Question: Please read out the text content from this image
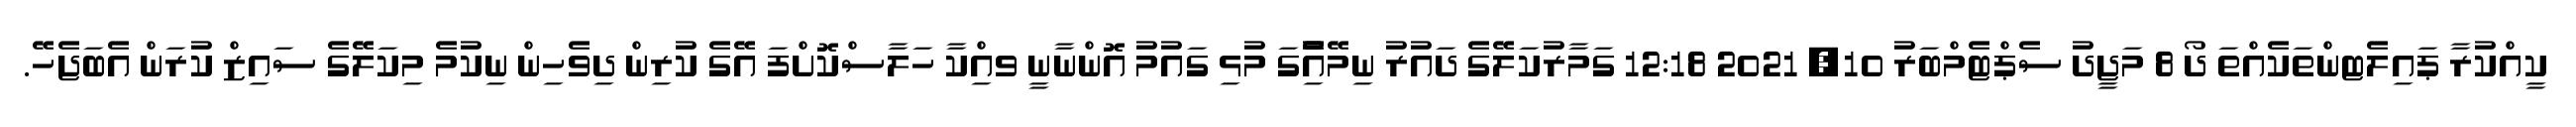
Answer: ކީއްކުރާ ޕައިލެޓންތަކެއްތަ ދޯ 8 މަޖީދު ސެޕްޓެމްބަރު 10, 2021 12:18 ގަމާރުކަލޭގެ ދައުރު ނިމޭއިެުގަ މުޅި ގައުމު އޮންނާނީ ވއިްކާ ހަލާސްކޮށްފަ އޭގެ ކުރިން ދިވެހިން ނިކުމެ މިކަލޭގެ ސައިޒް ކުރަން އެބަޖެހޭ.